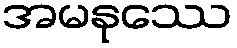
အမနုဿေ